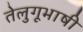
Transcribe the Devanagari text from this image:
तेलुगूभाषी